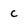
Character: c